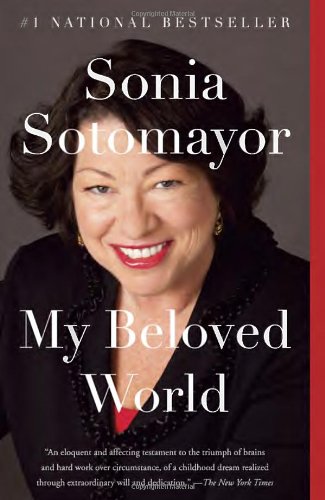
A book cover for My Beloved World; Sonia Sotomayor; Law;